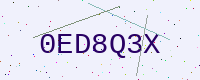
Text: 0ED8Q3X